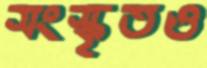
সংস্কৃতও